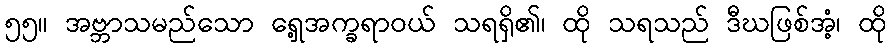
၅၅။ အဗ္ဘာသမည်သော ရှေ့အက္ခရာဝယ် သရရှိ၏၊ ထို သရသည် ဒီဃဖြစ်အံ့၊ ထို